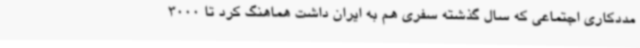
مددکاری اجتماعی که سال گذشته سفری هم به ایران داشت هماهنگ کرد تا 3000